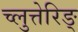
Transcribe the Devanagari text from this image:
च्लुत्तेरिङ्